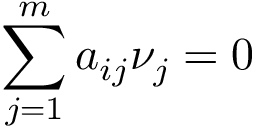
\sum _ { j = 1 } ^ { m } a _ { i j } \nu _ { j } = 0